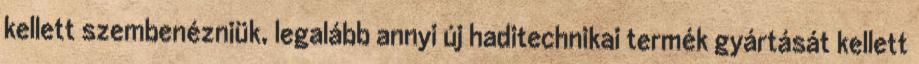
kellett szembenézniük, legalább annyi új haditechnikai termék gyártását kellett